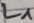
Text: L1